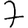
Digit: 7